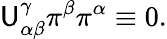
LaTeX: \mathsf{U}_{\alpha\beta}^{\gamma}\pi^{\beta}\pi^{\alpha}\equiv0.